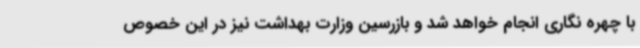
با چهره نگاری انجام خواهد شد و بازرسین وزارت بهداشت نیز در این خصوص